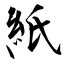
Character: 紙